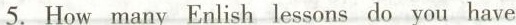
5. How many Enlish lessons do you have